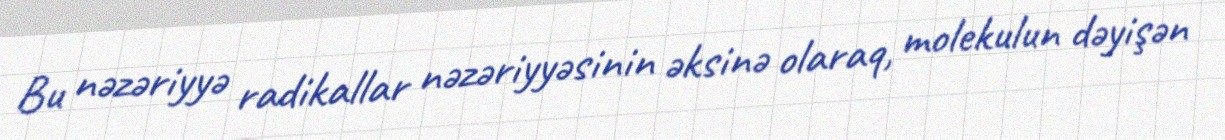
Bu nəzəriyyə radikallar nəzəriyyəsinin əksinə olaraq, molekulun dəyişən